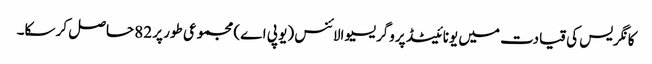
کانگریس کی قیادت میں یونائیٹڈ پروگریسیو الائنس (یو پی اے) مجموعی طور پر 82 حاصل کر سکا۔